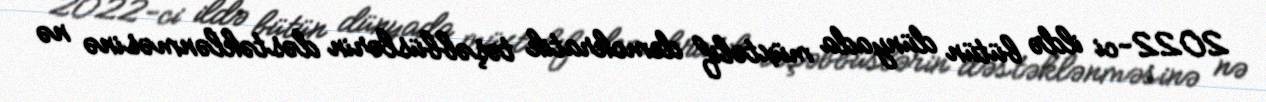
2022-ci ildə bütün dünyada müxtəlif demokratik təşəbbüslərin dəstəklənməsinə nə